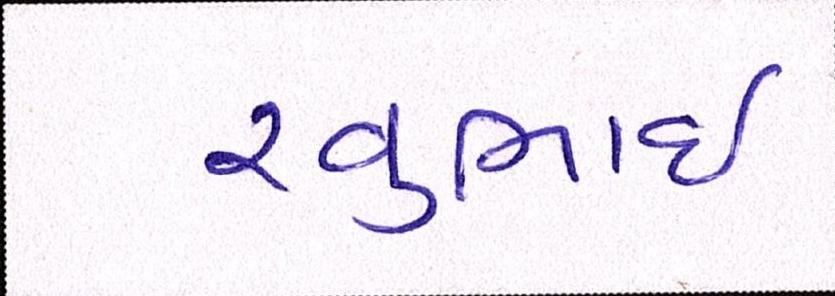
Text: રવુભાઇ